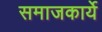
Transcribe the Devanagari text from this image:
समाजकार्ये